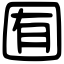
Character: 囿